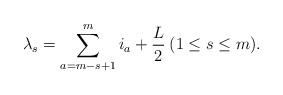
\begin{align*} \lambda _s = \sum_{a=m-s+1}^{m} i_a + \frac{L}{2} \medspace ( 1 \leq s \leq m ).\end{align*}